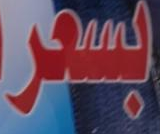
بسعر